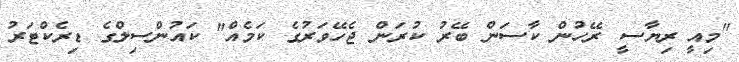
"މިއީ ރިޔާސީ ރޭހުން ކާސަން ބޭރު ކުރަން ޖެހޭވަރުގެ ކަމެއް" ކައުންސިލްގެ ޑިރެކްޓަރު